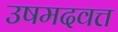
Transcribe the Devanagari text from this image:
उषमदवत्त